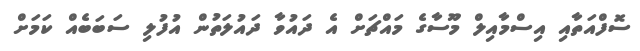
ސޮފްއަތާއި އިސްމާއިލް މޫސާގެ މައްޗަށް އެ ދައުވާ ދައުލަތުން އުފުލި ސަބަބެއް ކަމަށް